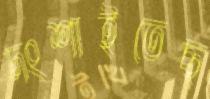
দংশাইতেছ